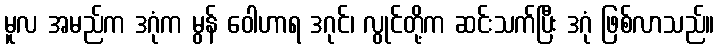
မူလ အမည်က ဒဂုံက မွန် ဝေါဟာရ ဒဂုင်၊ လွုင်တို့က ဆင်းသက်ပြီး ဒဂုံ ဖြစ်လာသည်။